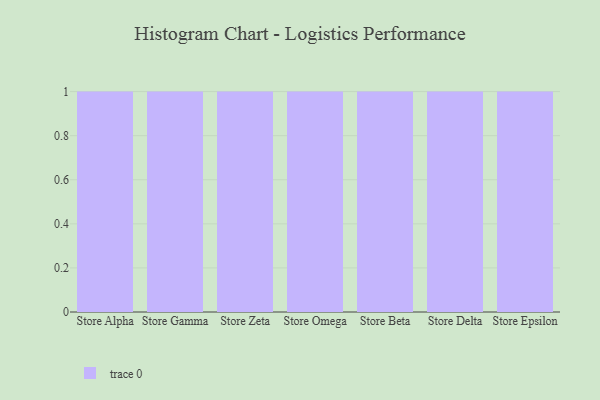
{"axis": {"x": "Store", "y": "Demand Index"}, "legend": [""], "data": [{"x": "Store Alpha", "y": 34, "type": ""}, {"x": "Store Gamma", "y": 87, "type": ""}, {"x": "Store Zeta", "y": 33, "type": ""}, {"x": "Store Omega", "y": 41, "type": ""}, {"x": "Store Beta", "y": 6, "type": ""}, {"x": "Store Delta", "y": 34, "type": ""}, {"x": "Store Epsilon", "y": 43, "type": ""}]}